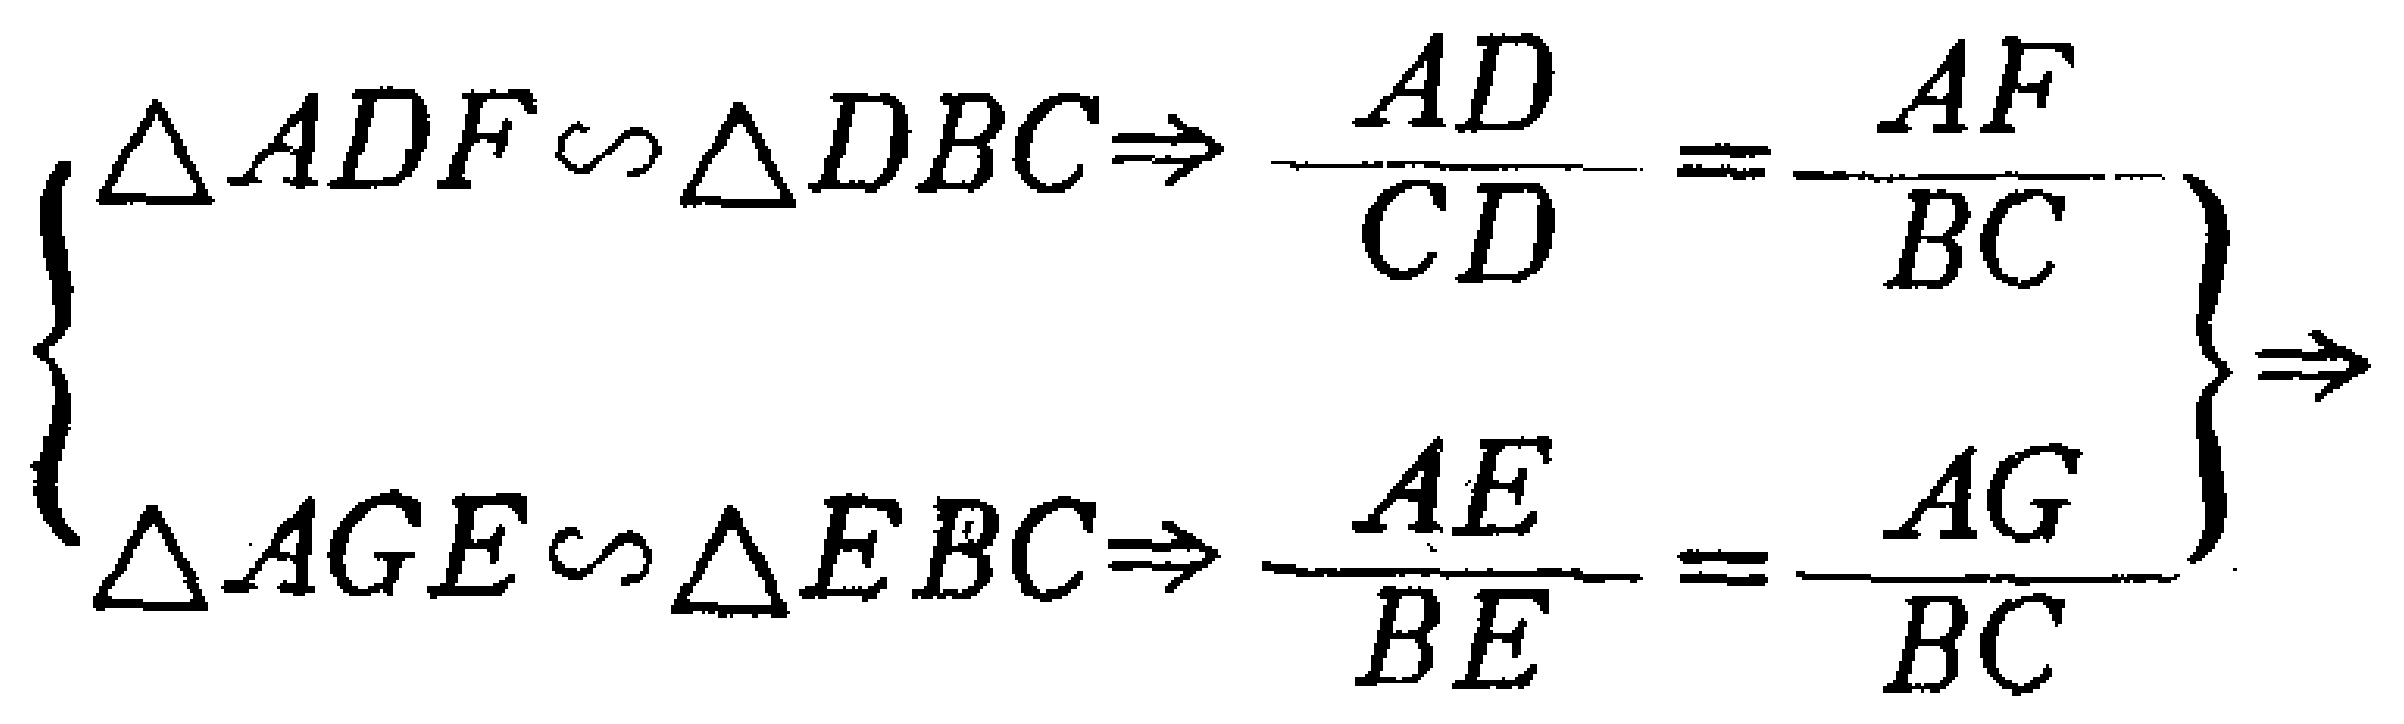
\(\left\{
\begin{array}{l}
\triangle ADF\sim\triangle DBC\Rightarrow\frac{AD}{CD}=\frac{AF}{BC}\\
\triangle AGE\sim\triangle EBC\Rightarrow\frac{AE}{BE}=\frac{AG}{BC}
\end{array}
\right\}\Rightarrow\)